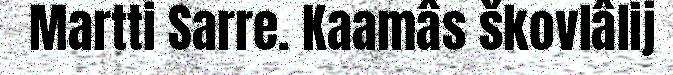
Martti Sarre. Kaamâs škovlâlij